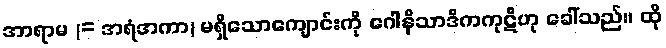
အာရာမ (= အရံအကာ) မရှိသောကျောင်းကို ဂေါနိသာဒိကကုဋိဟု ခေါ်သည်။ ထို